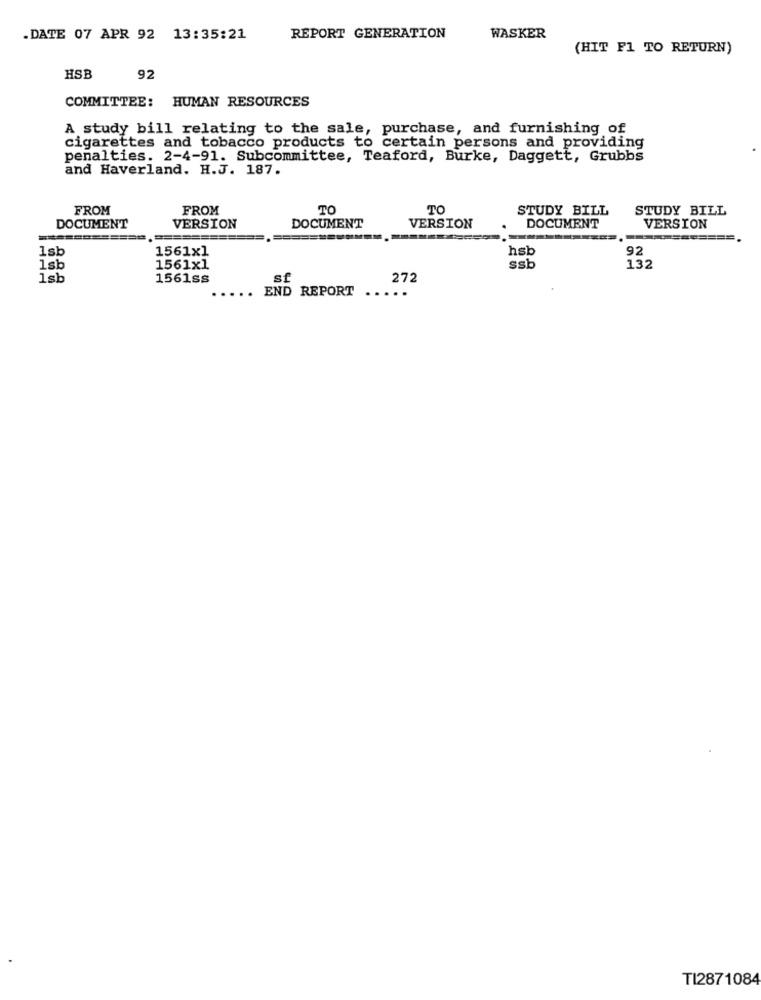
.DATE 07 APR 92 13:35:21
REPORT GENERATION
WASKER
(HIT F1 TO RETURN)
HSB
92
COMMITTEE: HUMAN RESOURCES
A study bill relating to the sale, purchase, and furnishing of
cigarettes and tobacco products to certain persons and providing
penalties. 2-4-91. Subcommittee, Teaford, Burke, Daggett, Grubbs
and Haverland. H.J. 187.
FROM
FROM
TO
TO
STUDY BILL
STUDY BILL
DOCUMENT
VERSION
DOCUMENT
VERSION
DOCUMENT
VERSION
==========
1sb
1561x1
hsb
92
1sb
1561x1
ssb
132
1sb
1561ss
sf
272
END REPORT ...
..
TI2871084